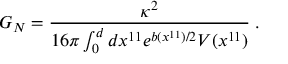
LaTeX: G _ { N } = \frac { \kappa ^ { 2 } } { 1 6 \pi \int _ { 0 } ^ { d } d x ^ { 1 1 } e ^ { b ( x ^ { 1 1 } ) / 2 } V ( x ^ { 1 1 } ) } \; .